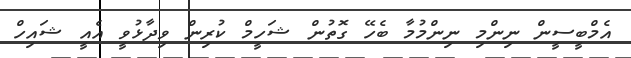
އެމްބީސީން ނިންމި ނިންމުމާ ބެހޭ ގޮތުން ޝަހީމް ކުރިން ވިދާޅުވީ އެއީ ޝައިހް